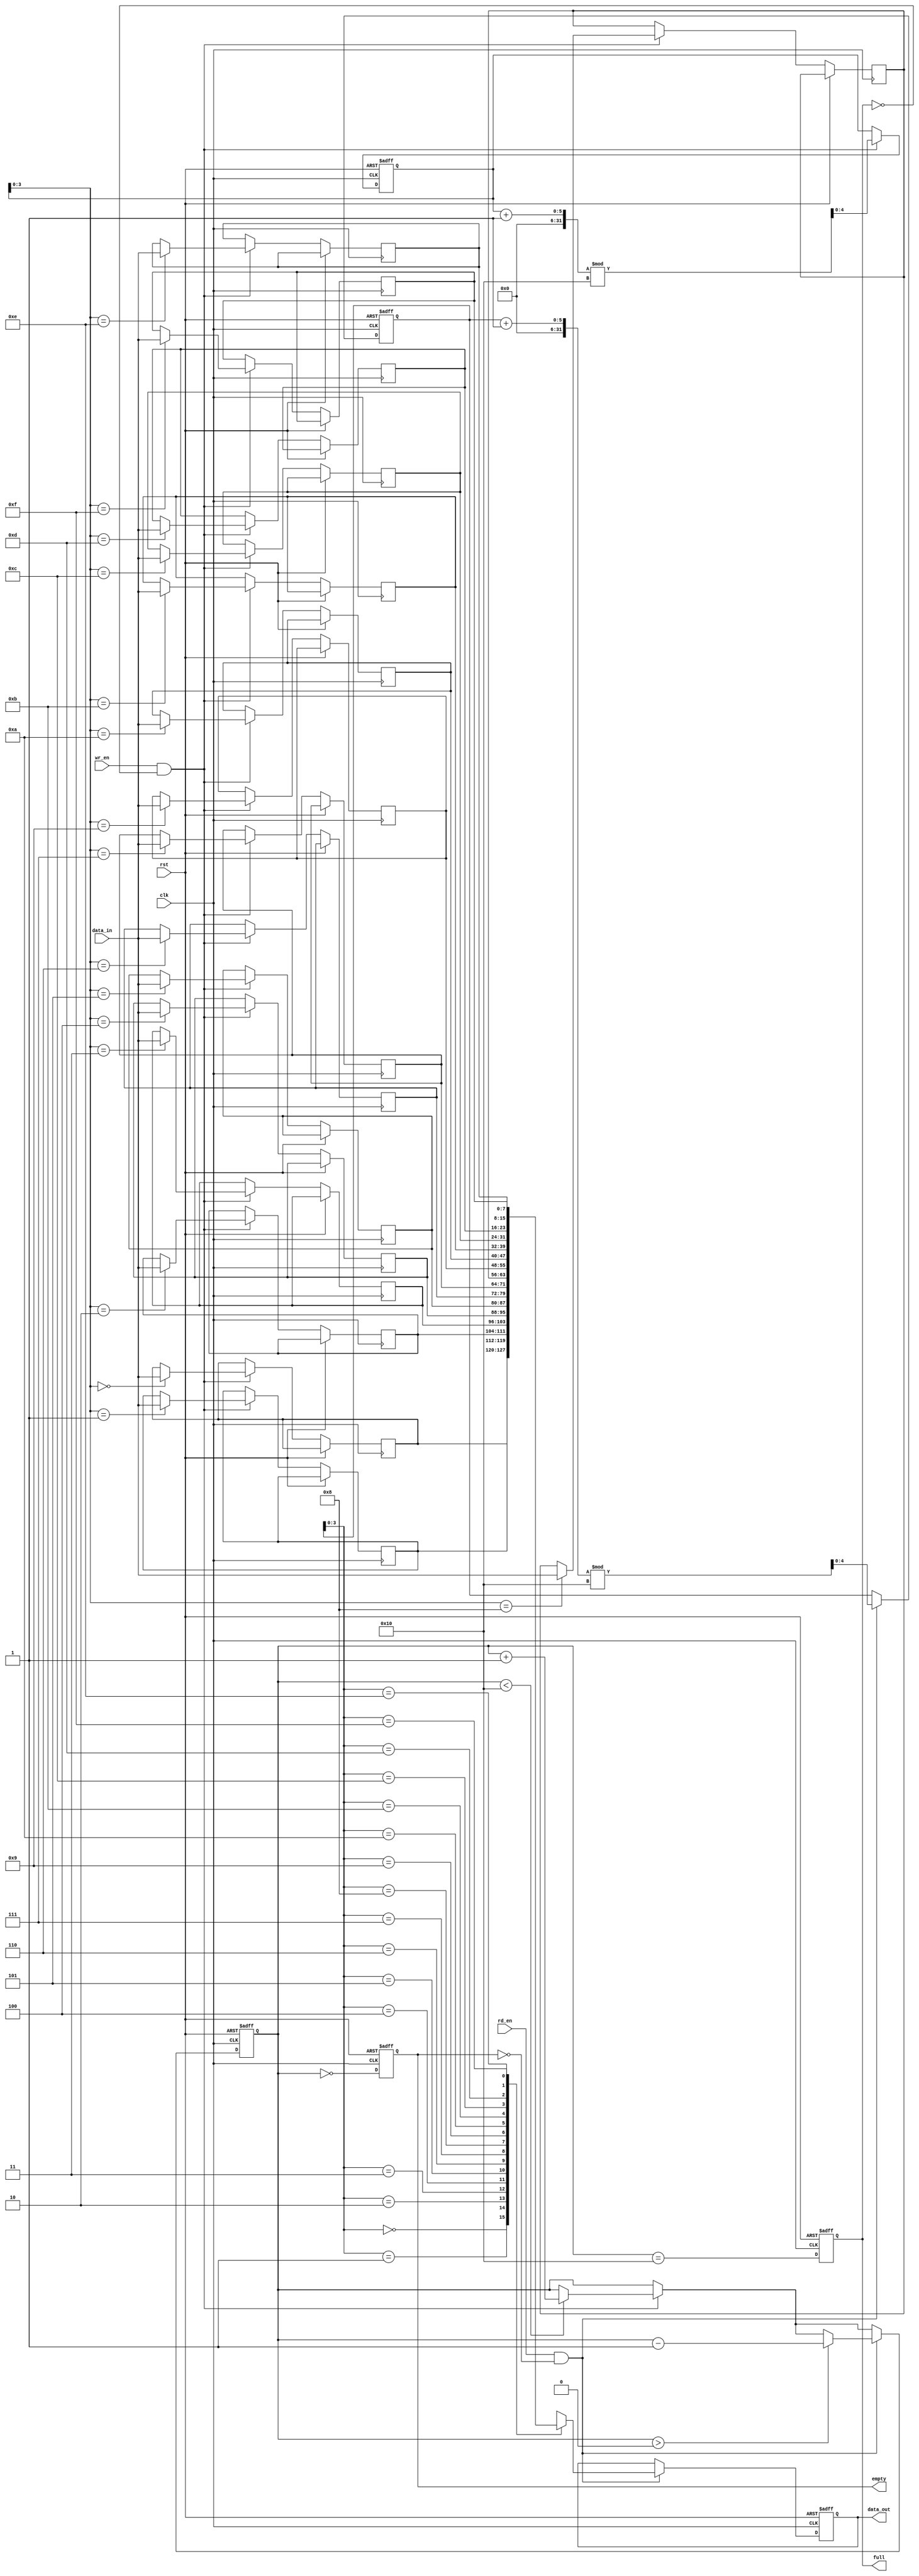
module fifo_sram #(
    parameter DEPTH = 16,   // Number of entries
    parameter WIDTH = 8     // Width of each entry
)(
    input wire clk,         // Clock signal
    input wire rst,         // Asynchronous reset
    input wire wr_en,       // Write enable
    input wire rd_en,       // Read enable
    input wire [WIDTH-1:0] data_in,  // Data input
    output reg [WIDTH-1:0] data_out,  // Data output
    output reg full,        // FIFO full flag
    output reg empty        // FIFO empty flag
);

    // Declare memory array
    reg [WIDTH-1:0] memory [0:DEPTH-1];
    reg [4:0] wr_ptr;      // Write pointer (5 bits for 32 depth)
    reg [4:0] rd_ptr;      // Read pointer (5 bits for 32 depth)
    reg [4:0] count;       // Number of entries in FIFO

    // Asynchronous reset
    always @(posedge clk or posedge rst) begin
        if (rst) begin
            wr_ptr <= 0;
            rd_ptr <= 0;
            count <= 0;
            full <= 0;
            empty <= 1;
            data_out <= 0;
        end else begin
            // Write operation
            if (wr_en && !full) begin
                memory[wr_ptr] <= data_in;  // Write data to memory
                wr_ptr <= (wr_ptr + 1) % DEPTH; // Circular increment
                if (count < DEPTH)
                    count <= count + 1;
            end
            
            // Read operation
            if (rd_en && !empty) begin
                data_out <= memory[rd_ptr];  // Read data from memory
                rd_ptr <= (rd_ptr + 1) % DEPTH; // Circular increment
                if (count > 0)
                    count <= count - 1;
            end
            
            // Update full and empty flags
            full <= (count == DEPTH);
            empty <= (count == 0);
        end
    end
endmodule